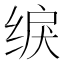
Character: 𫄫